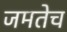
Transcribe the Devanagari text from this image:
जमतेच